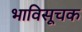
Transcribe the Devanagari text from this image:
भाविसूचक